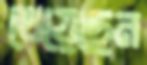
খেয়েছেন